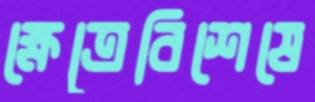
ক্ষেত্রেবিশেষে